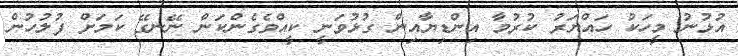
އުޅުނު މީހަކު ހައްޔަރު ކުރުމާ އިންޑިޔާއިން ގުޅުވަނީ ކީއްވެގެންކަަން ނޭނގޭ ކަމަށް ފުލުހުން